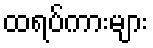
ထရပ်ကားများ